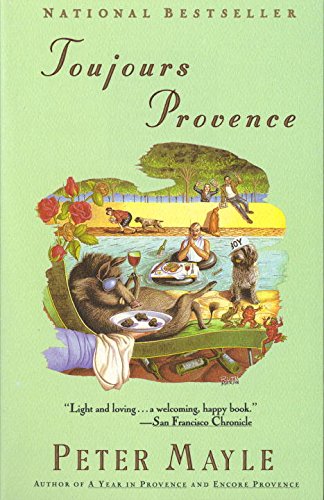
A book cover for Toujours Provence; Peter Mayle; History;